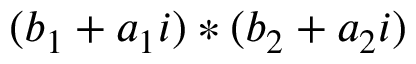
( b _ { 1 } + a _ { 1 } i ) * ( b _ { 2 } + a _ { 2 } i )